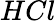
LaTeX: HCl